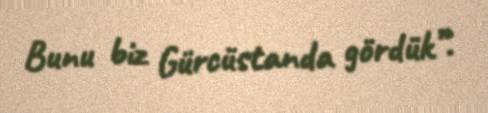
Bunu biz Gürcüstanda gördük”.